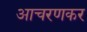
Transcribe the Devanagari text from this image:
आचरणकर